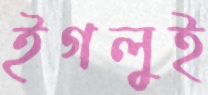
ইগলুই